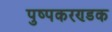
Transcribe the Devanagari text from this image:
पुष्पकरण्डक